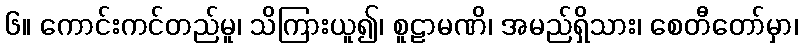
၆။ ကောင်းကင်တည်မူ၊ သိကြားယူ၍၊ စူဠာမဏိ၊ အမည်ရှိသား၊ စေတီတော်မှာ၊